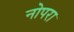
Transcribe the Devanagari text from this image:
नोपरा